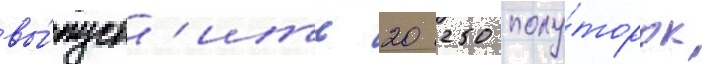
вы́пуст'ить 20 250 полу́торок